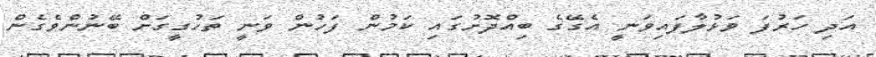
އަދި ހަރުފަ ވަޅުލާފައިވަނީ އެގޭގެ ބިއްދޮށުގައި ކަމުން ފަހުން ވަނީ ތަހުގީގަށް ބޭނުންވެގެން